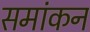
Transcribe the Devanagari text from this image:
समांकन